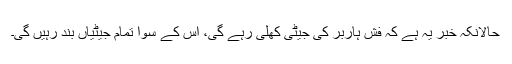
حالانکہ خبر یہ ہے کہ فش ہاربر کی جیٹی کھلی رہے گی، اس کے سوا تمام جیٹیاں بند رہیں گی۔